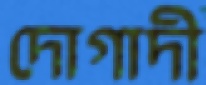
দোগাদী